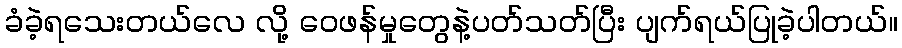
ခံခဲ့ရသေးတယ်လေ လို့ ဝေဖန်မှုတွေနဲ့ပတ်သတ်ပြီး ပျက်ရယ်ပြုခဲ့ပါတယ်။